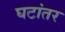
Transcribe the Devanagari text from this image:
घटांतर